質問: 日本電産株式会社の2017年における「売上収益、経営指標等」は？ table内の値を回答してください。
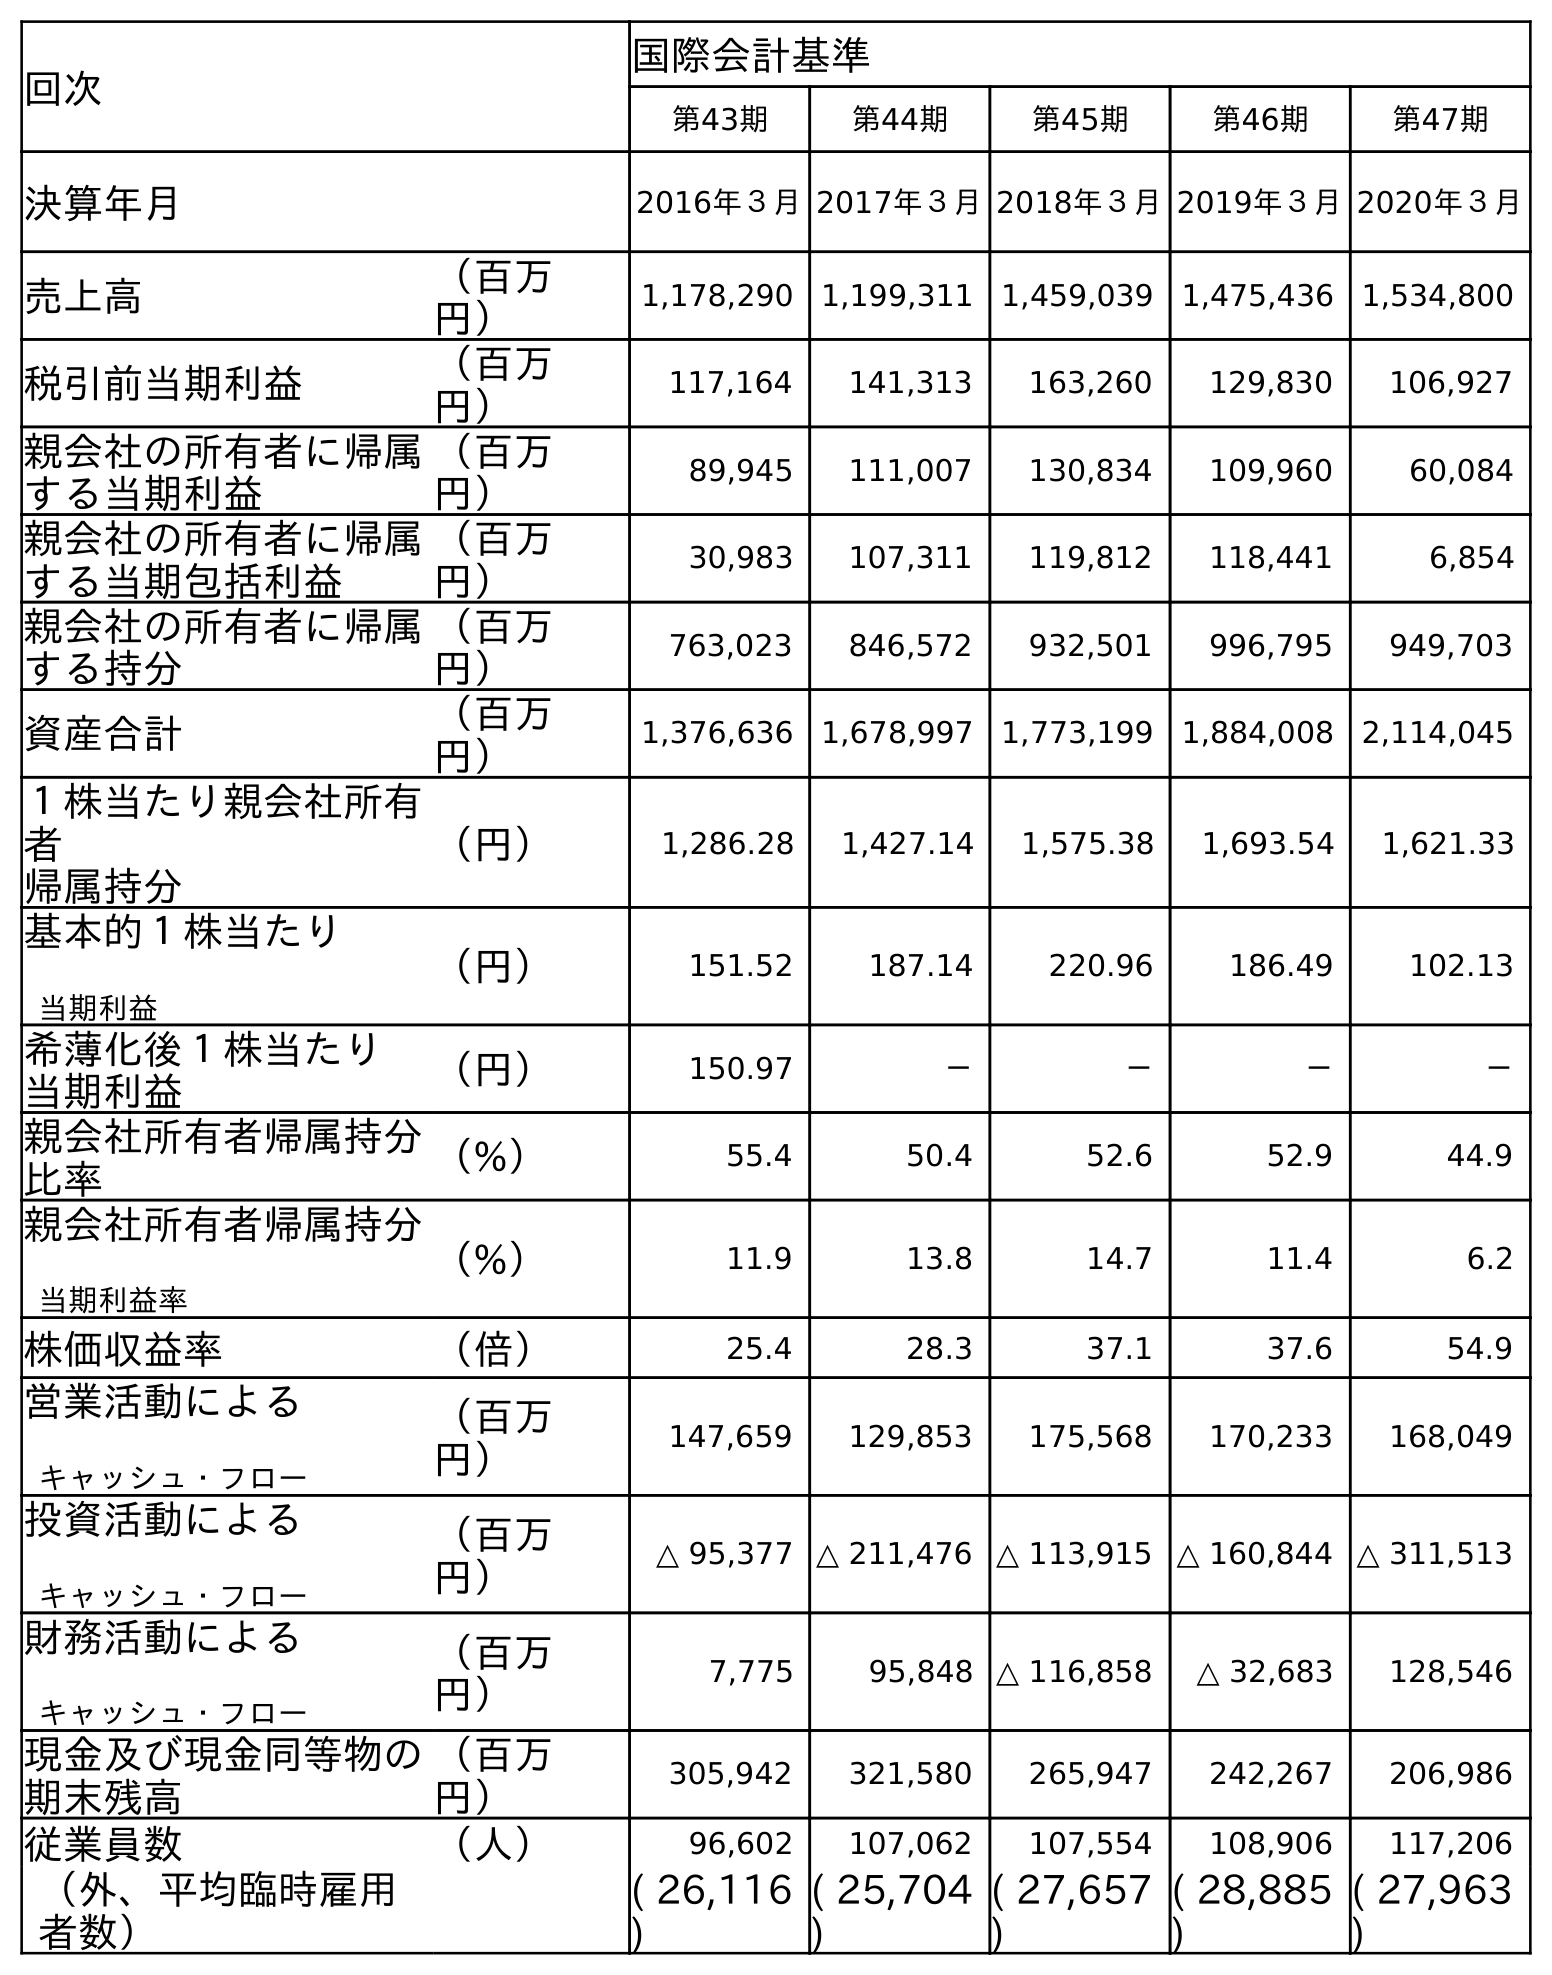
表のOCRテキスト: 回次 国際会計基準 第43期 第44期 第45期 第46期 第47期 決算年月 2016年３月2017年３月2018年３月2019年３月2020年３月 売上高 （百万 円） 1,178,290 1,199,311 1,459,039 1,475,436 1,534,800 税引前当期利益 （百万 円） 117,164 141,313 163,260 129,830 106,927 親会社の所有者に帰属 する当期利益 （百万 円） 89,945 111,007 130,834 109,960 60,084 親会社の所有者に帰属 する当期包括利益 （百万 円） 30,983 107,311 119,812 118,441 6,854 親会社の所有者に帰属 する持分 （百万 円） 763,023 846,572 932,501 996,795 949,703 資産合計 （百万 円） 1,376,636 1,678,997 1,773,199 1,884,008 2,114,045 １株当たり親会社所有 者 帰属持分 （円） 1,286.28 1,427.14 1,575.38 1,693.54 1,621.33 基本的１株当たり 当期利益 （円） 151.52 187.14 220.96 186.49 102.13 希薄化後１株当たり 当期利益 （円） 150.97 － － － － 親会社所有者帰属持分 比率 （%） 55.4 50.4 52.6 52.9 44.9 親会社所有者帰属持分 当期利益率 （%） 11.9 13.8 14.7 11.4 6.2 株価収益率 （倍） 25.4 28.3 37.1 37.6 54.9 営業活動による キャッシュ・フロー （百万 円） 147,659 129,853 175,568 170,233 168,049 投資活動による キャッシュ・フロー （百万 円） △ 95,377 △ 211,476 △ 113,915 △ 160,844 △ 311,513 財務活動による キャッシュ・フロー （百万 円） 7,775 95,848 △ 116,858 △ 32,683 128,546 現金及び現金同等物の 期末残高 （百万 円） 305,942 321,580 265,947 242,267 206,986 従業員数 （人） 96,602 107,062 107,554 108,906 117,206 （外、平均臨時雇用 者数） ( 26,116 ) ( 25,704 ) ( 27,657 ) ( 28,885 ) ( 27,963 )
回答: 1,199,311